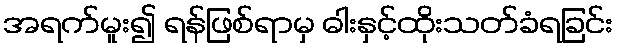
အရက်မူး၍ ရန်ဖြစ်ရာမှ ဓါးနှင့်ထိုးသတ်ခံရခြင်း